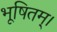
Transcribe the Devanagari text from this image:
भूषितम्।